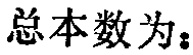
总本数为：